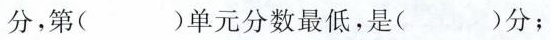
分，第（）单元分数最低，是（）分；